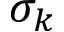
\sigma _ { k }